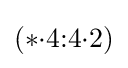
(*{\cdot }4{:}4{\cdot }2)